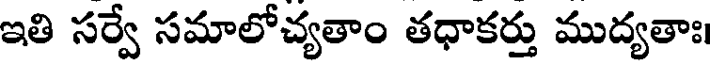
ఇతి సర్వే సమాలోచ్యతాం తధాకర్తు ముద్యతాః।